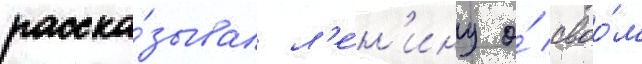
расска́зывал л'е́н'ину о́ своо́м